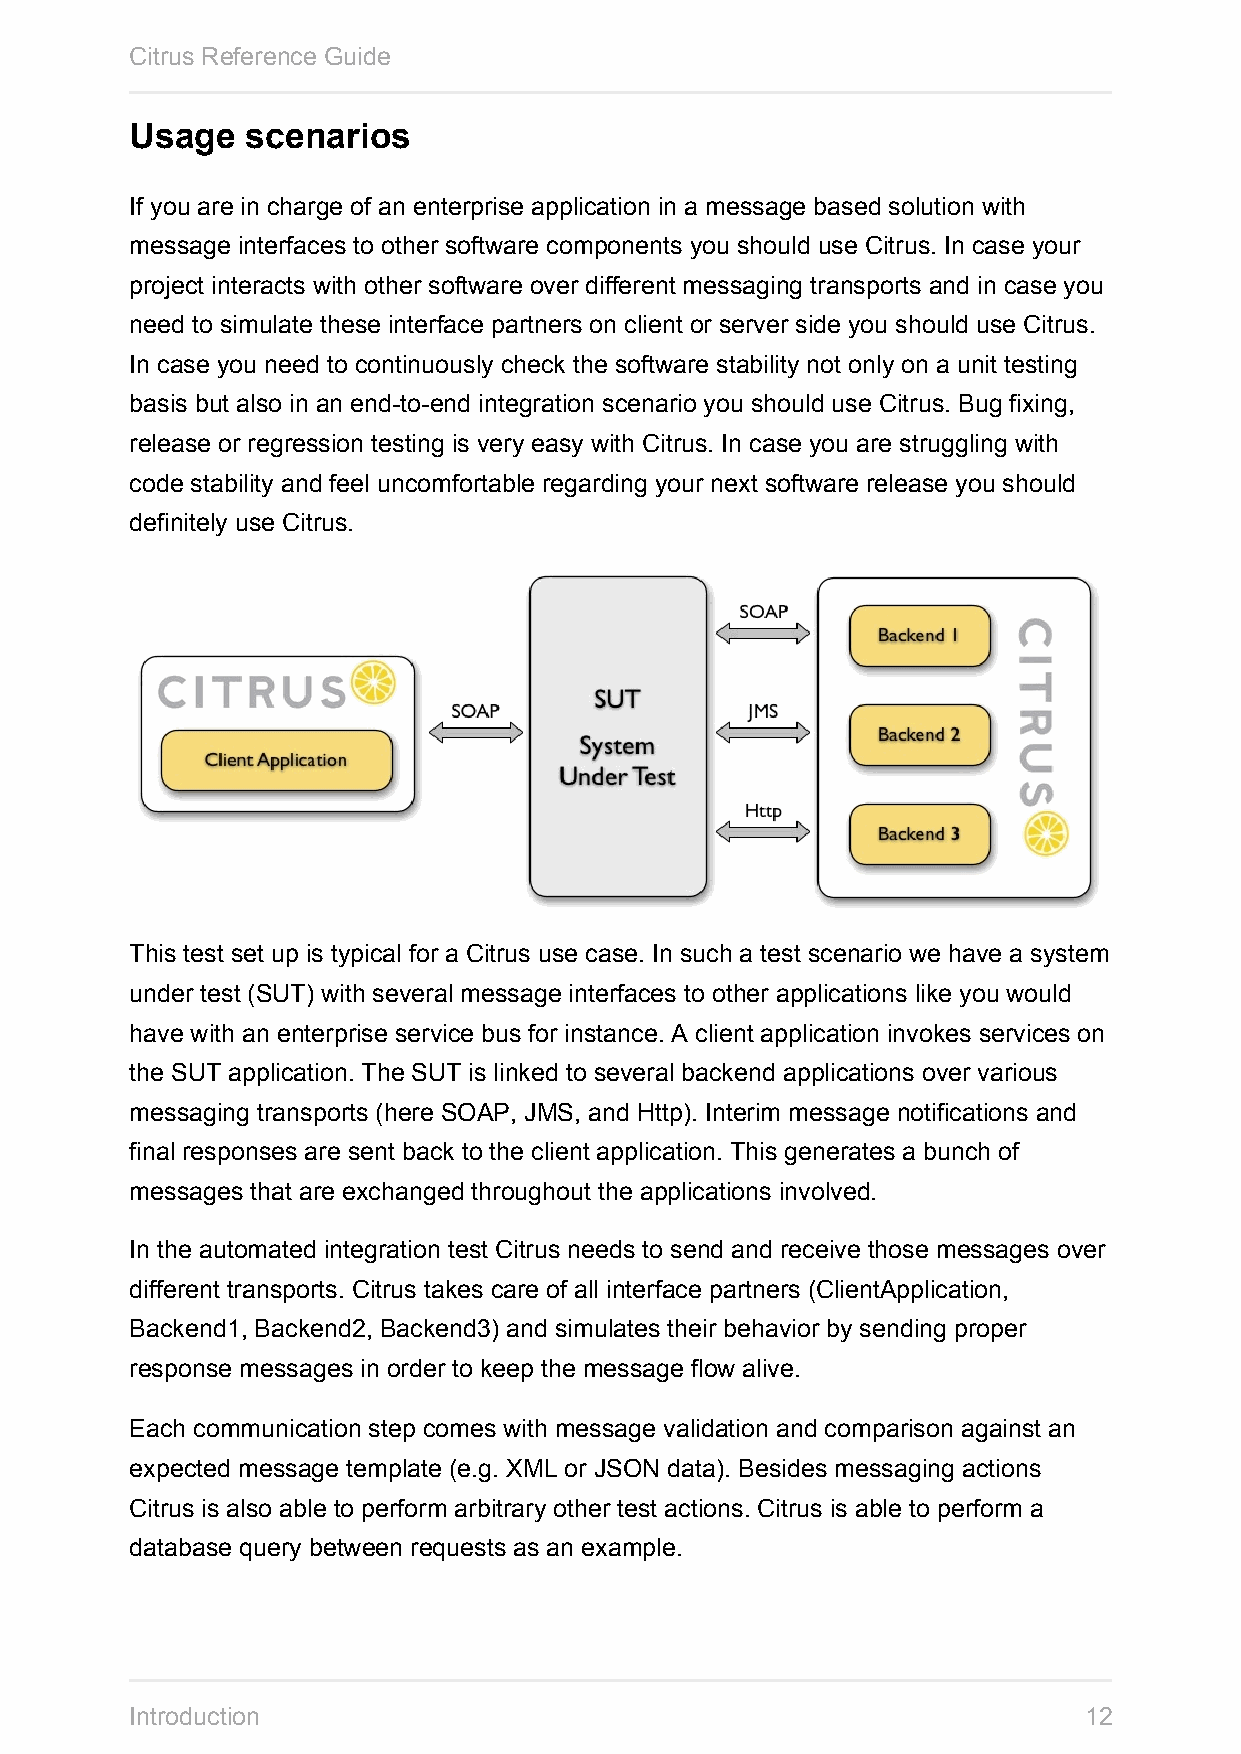
Citrus Reference Guide
 Usage  scenarios
 If you are in charge of an enterprise application in a message based solution with
 message interfaces to other software components you should use Citrus. In case your
 project interacts with other software over different messaging transports and in case you
 need to simulate these interface partners on client or server side you should use Citrus.
 In case you need to continuously check the software stability not only on a unit testing
 basis but also in an end-to-end integration scenario you should use Citrus. Bug fixing,
 release or regression testing is very easy with Citrus. In case you are struggling with
 code stability and feel uncomfortable regarding your next software release you should
 definitely use Citrus.
 This test set up is typical for a Citrus use case. In such a test scenario we have a system
 under test (SUT) with several message interfaces to other applications like you would
 have with an enterprise service bus for instance. A client application invokes services on
 the SUT application. The SUT is linked to several backend applications over various
 messaging transports (here SOAP, JMS, and Http). Interim message notifications and
 final responses are sent back to the client application. This generates a bunch of
 messages that are exchanged throughout the applications involved.
 In the automated integration test Citrus needs to send and receive those messages over
 different transports. Citrus takes care of all interface partners (ClientApplication,
 Backend1, Backend2, Backend3) and simulates their behavior by sending proper
 response messages in order to keep the message flow alive.
 Each communication step comes with message validation and comparison against an
 expected message template (e.g. XML or JSON data). Besides messaging actions
 Citrus is also able to perform arbitrary other test actions. Citrus is able to perform a
 database query between requests as an example.
 Introduction                                                   12